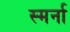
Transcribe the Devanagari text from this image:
स्मर्ना